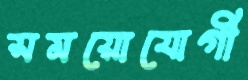
সময়োযোগী